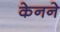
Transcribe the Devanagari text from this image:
केनने